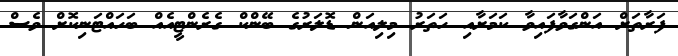
ފަރާތަށް އަންގަވާފައިވާ ކަމަށާއި ހަތަރު މިލިއަން ޑޮލަރުގެ ބޭންކް ގެރެންޓީއެއް ބަހައްޓަނިކޮށް ވެސް